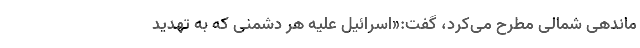
ماندهی شمالی مطرح می‌کرد، گفت:‌«اسرائیل علیه هر دشمنی که به تهدید